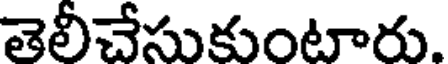
తెలీచేసుకుంటారు.